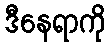
ဒီနေရာကို